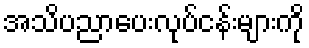
အသိပညာပေးလုပ်ငန်းများကို